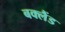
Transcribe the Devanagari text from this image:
बक्लैंड